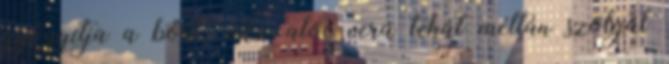
gyógyítja a bőrt. Az aloe vera tehát méltán szolgál